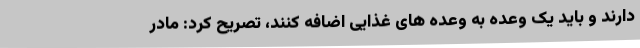
دارند و باید یک وعده به وعده های غذایی اضافه کنند، تصریح کرد: مادر